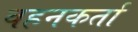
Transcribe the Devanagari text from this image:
वहनकर्ता